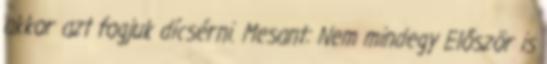
akkor azt fogjuk dícsérni. Mesant: Nem mindegy Először is